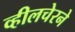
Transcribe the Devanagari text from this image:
व्हीलचेरने